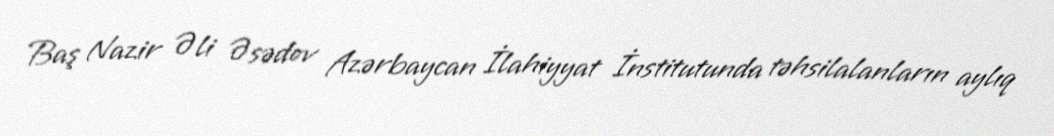
Baş Nazir Əli Əsədov Azərbaycan İlahiyyat İnstitutunda təhsilalanların aylıq